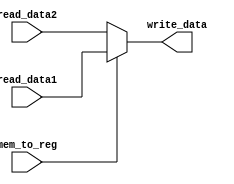
module WriteBack (
    input [15:0] read_data1,
    input [15:0] read_data2,
    output [15:0] write_data,
    input mem_to_reg 
);
    assign write_data= mem_to_reg? read_data1 : read_data2;
endmodule